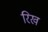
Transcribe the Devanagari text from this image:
रिख